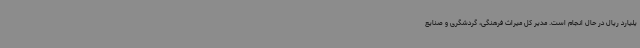
یلیارد ریال در حال انجام است. مدیر کل میراث فرهنگی، گردشگری و صنایع